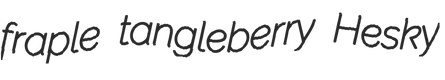
fraple tangleberry Hesky